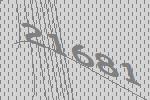
21681